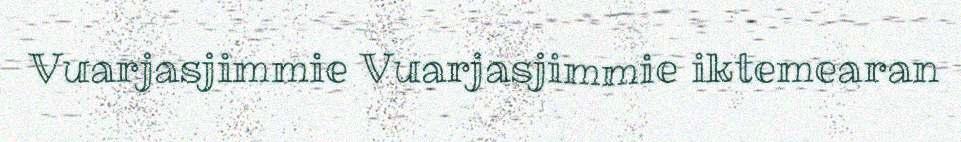
Vuarjasjimmie Vuarjasjimmie iktemearan